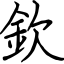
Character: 欽